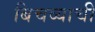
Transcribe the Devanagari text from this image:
बिचव्याची